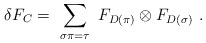
\begin{align*}\delta F_C =\ \sum_{\sigma\pi=\tau} \ F_{D(\pi)}\otimes F_{D(\sigma)} \ .\end{align*}